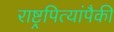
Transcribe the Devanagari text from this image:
राष्ट्रपित्यांपैकी